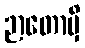
ဉာတောမှိ